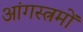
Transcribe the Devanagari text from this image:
आंगस्त्रमों